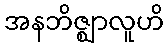
အနဘိဇ္ဈာလူဟိ